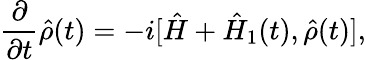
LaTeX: \frac{\partial}{\partial t}\hat{\rho}(t)=-i[\hat{H}+\hat{H}_{1}(t),\hat{\rho}(t)],